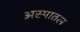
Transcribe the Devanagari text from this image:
अस्पातल